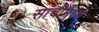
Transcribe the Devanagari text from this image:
सांचीमध्ये